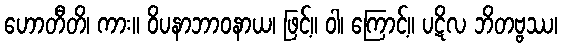
ဟောတီတိ၊ ကား။ ဝိပနာဘာဝနာယ၊ ဖြင့်။ ဝါ၊ ကြောင့်။ ပဋိလ ဘိတဗ္ဗဿ၊